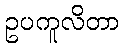
ဥပကူလိတာ